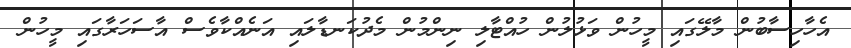
އެހާހިސާބުން މާލޭގައި މީހުން ވަޅުލުން ހުއްޓާލި ނިންމުން މެދުކަނޑާލައި އަނެއްކާވެސް އާސަހަރާގައި މީހުން